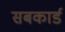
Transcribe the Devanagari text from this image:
सबकार्ड